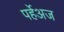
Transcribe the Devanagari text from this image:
पर्हेअज